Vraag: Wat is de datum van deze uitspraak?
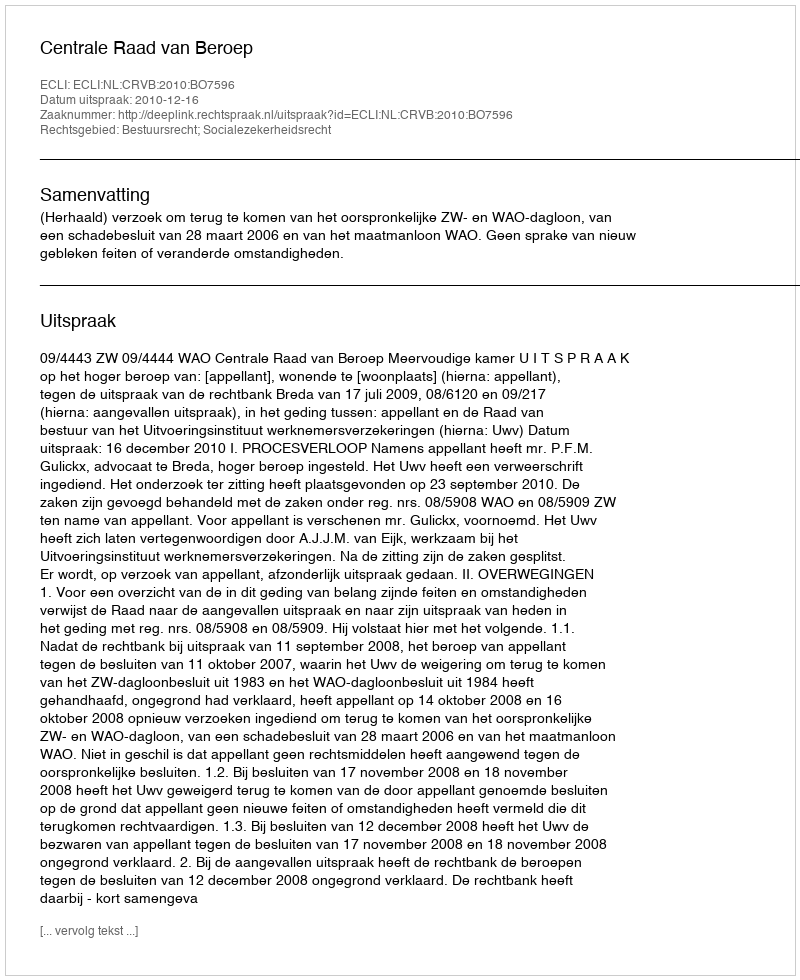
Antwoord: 2010-12-16